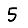
Digit: 5